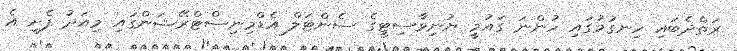
ރަތްދެބައި ހިނގުމުގައި ހުންނަ ގައުމީ ޔުނިވާސިޓީގެ ސެންޓަލް އެޑްމިނިސްޓްރޭޝަންގައި މިއަދު ފެށި އެ